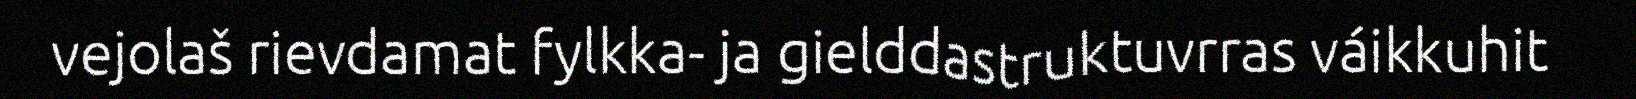
vejolaš rievdamat fylkka- ja gielddastruktuvrras váikkuhit